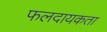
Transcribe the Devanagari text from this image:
फलदायकता